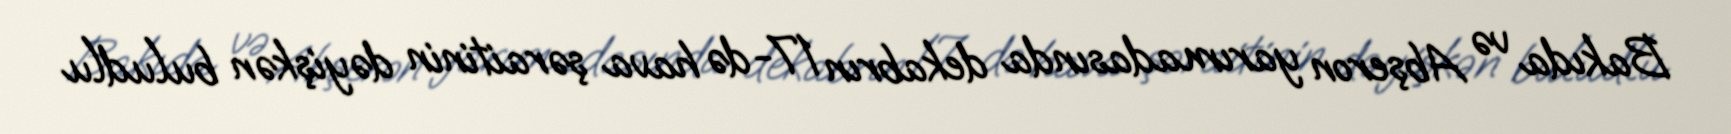
Bakıda və Abşeron yarımadasında dekabrın 17-də hava şəraitinin dəyişkən buludlu